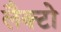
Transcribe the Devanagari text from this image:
लैक्टो